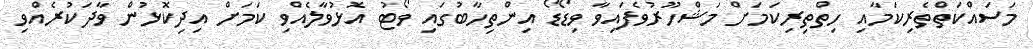
މަސައްކަތްތެރިކަމާއި ހިތްތިރިކަމަށް މަޝްހޫރުވެފައިވާ ވިޑޯޑޯ އިންތިހާބުގައި ވޯޓު އޮޅުވާލެއްވި ކަމަށް އިދިކޮޅުން ވާދަކުރެއްވި